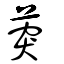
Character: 葖